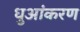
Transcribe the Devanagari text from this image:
धुआंकरण